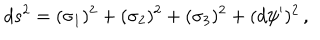
LaTeX: d s ^ { 2 } = ( \sigma _ { 1 } ) ^ { 2 } + ( \sigma _ { 2 } ) ^ { 2 } + ( \sigma _ { 3 } ) ^ { 2 } + ( d \psi ^ { \prime } ) ^ { 2 } \, ,